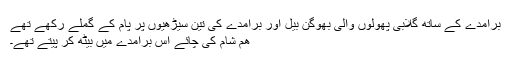
برامدے کے ساتھ گلابی پھولوں والی بھوگن بیل اور برامدے کی تین سیڑھیوں پر پام کے گملے رکھے تھے
ھم شام کی چائے اس برامدے میں بیٹھ کر پیتے تھے۔